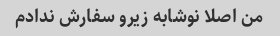
من اصلا نوشابه زیرو سفارش ندادم